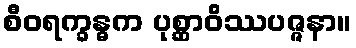
စီဝရက္ခန္ဓက ပုစ္ဆာဝိဿပဇ္ဇနာ။